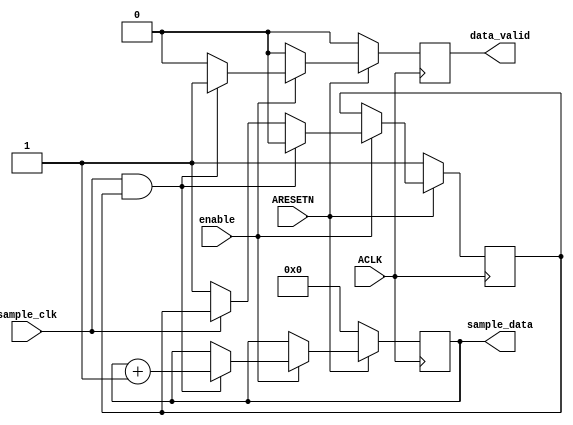
`timescale 1ns / 1ps
//////////////////////////////////////////////////////////////////////////////////
// Company: Wapice Ltd
// 
// Design Name: 
// Module Name: count_data_gen
// Project Name: ZYNQ DMA Cyclic
// Target Devices: Zynq-7000
// Tool Versions: 
// Description: Generates counter data
// 
// Dependencies: 
// 
// Revision:
// Revision 1.0 - Operational
// Additional Comments:
// 
//////////////////////////////////////////////////////////////////////////////////

module count_data_gen#(
        parameter integer C_M_AXIS_DATA_WIDTH = 32
    )(
        // Global  
        input wire                              ACLK,
        input wire                              ARESETN,
        // Input
        input wire                              sample_clk,
        input wire                              enable,               
        // Registered output
        output reg [C_M_AXIS_DATA_WIDTH-1:0]    sample_data = 'd0,
        output reg                              data_valid = 1'b0
    );
    
    reg trigger_sample_write = 1'b1;
    
always @(posedge ACLK) begin
    // Synchronous reset
    if(~ARESETN) begin
        sample_data <= 'd0;
        data_valid <= 1'b0;
        trigger_sample_write <= 1'b1; 
    end
    else begin
        // Allow the data_valid only for one ACLK clock cycle
        if(data_valid) begin
            data_valid <= 1'b0;
        end
        // If sample generator is enabled
        if(enable) begin
            // If the sample clock is asserted and
            // no sample data has been written on this positive
            // sample clock cycle
            if(sample_clk && trigger_sample_write) begin
                sample_data <= sample_data + 'd1;
                data_valid <= 1'b1;
                // Wait for next positive sample clock cycle
                trigger_sample_write <= 1'b0;
            end
            else if(~sample_clk) begin
                // Trigger sample write on next positive 
                // sample clock cycle
                trigger_sample_write <= 1'b1;
            end
        end
    end
end
endmodule